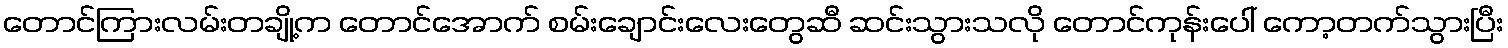
တောင်ကြားလမ်းတချို့က တောင်အောက် စမ်းချောင်းလေးတွေဆီ ဆင်းသွားသလို တောင်ကုန်းပေါ် ကော့တက်သွားပြီး